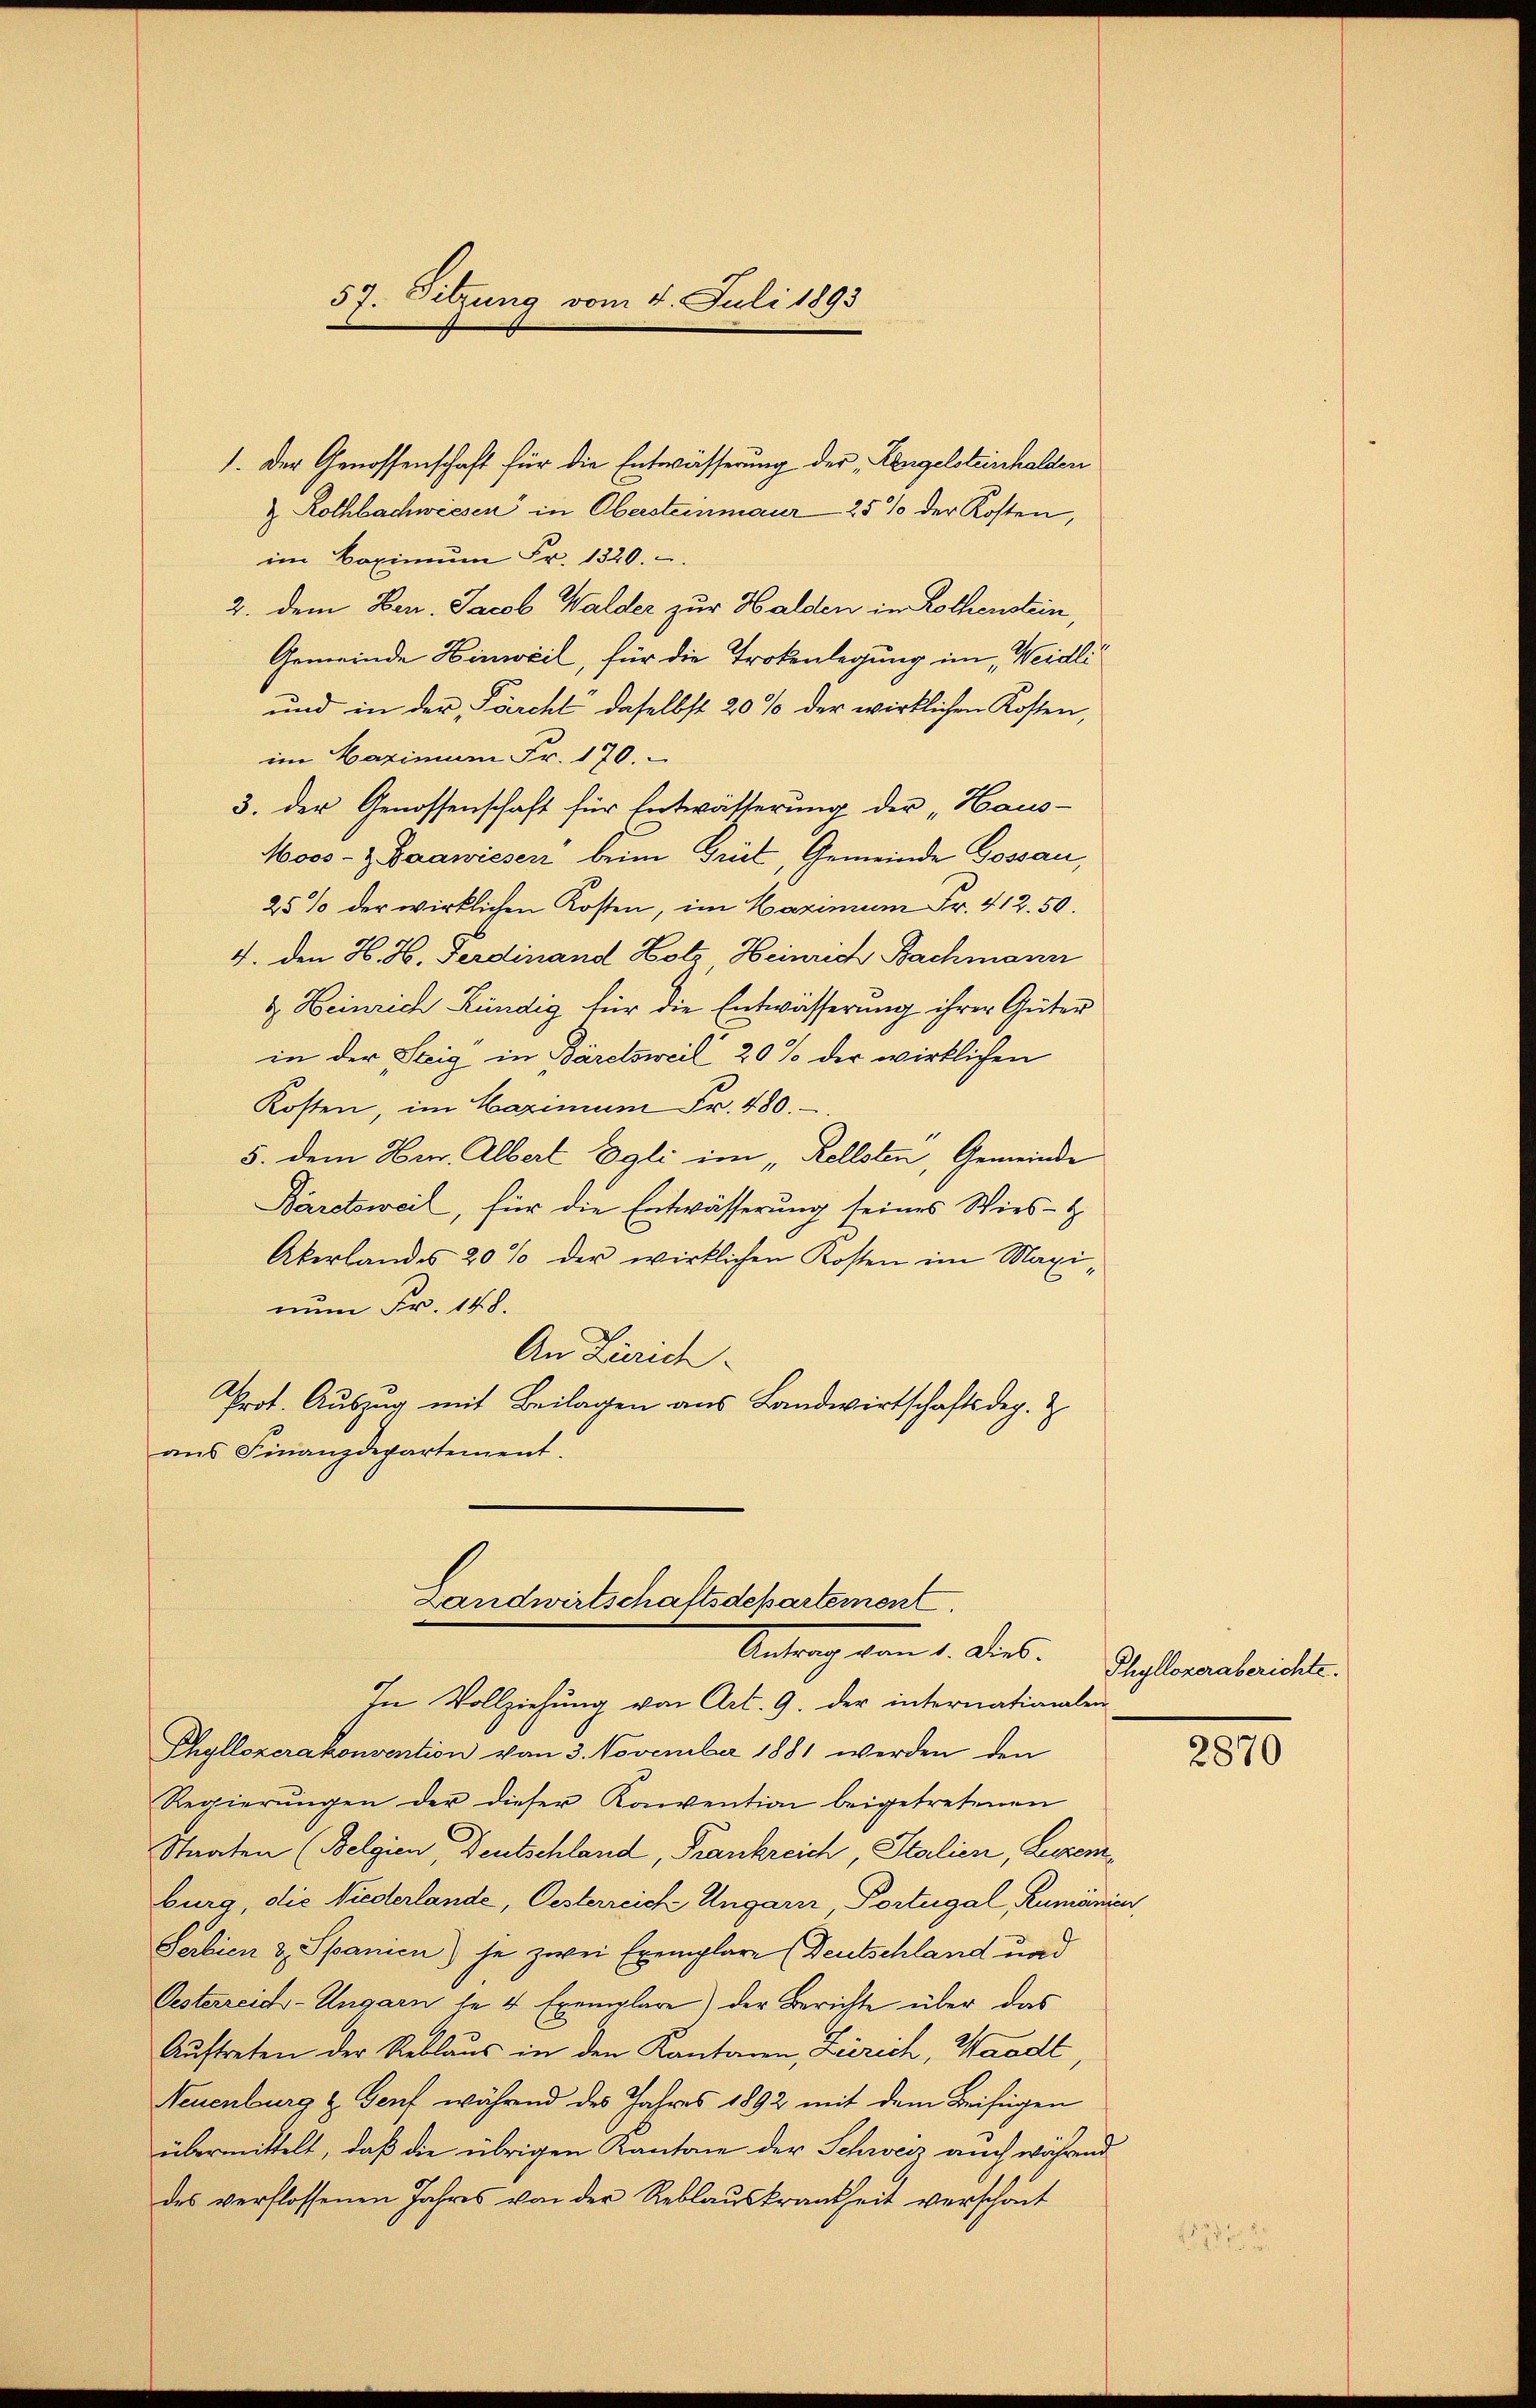
5r Sitzung vom 4. Juli 1893

1. Der Genossenschaft für die Entwässerung der „Rengelsteinhalden
& Rothbachwiesen in Obersteinmaur 25 % der Kosten,
im Baximŭm Fr. 1320.
2. dem Ven. Jacob Walder zur Halden in Rothenstein
Gemeinde Hinweil, für die Trokenlegung im „Weidli
und in der Pärcht daselbst 20 % der wirklichen Kosten,
im Mazinen Fr. 170.
3. der Genossenschaft für Entwässerung der „Haus-
Moos- z. Baawieser beim Grüt, Gemeinde Gossau,
25% der wirklichen Kosten, im Maximum Fr. 412.50.
4. den H. H. Ferdinand Hotz Heinrich Bachmann
& Heinrich Kündig für die Entwässerung ihrer Güter
in der Steig in Bäretsweil 20 % der wirklichen
Kosten, im Maximum Fr. 480.
5. dem Herr. Albert Egli im „Rellsten, Gemeinde
Bäretsweil, für die Entwässerung seines Wies-
Akerlandes 20% der wirklichen Kosten im Maxinum Fr. 148.
An Zürich
Prot. Auszug mit Beilagen aus Landwirtschaftsdeg. Z
aus Finanzdepartement.

In Vollziehung von Art. 9. der internationalen
Phyllozerakonvention vom 3. November 1881 werden den
Regierungen der dieser Konvention beigetretenen
Staaten (Belgien, Deutschland, Frankreich Italien, Lezemburg, die Niederlande, Oesterreich Ungarn, Portugal, Rumänien
Serbien & Spanien) je zwei Exemplare (Deutschland und
Oesterreich-Ungarn le 4 Exemplare) der Berichte über das
Auftreten der Reblaus in den Kantonen, Zürich, Waadt
Neuenburg & Genf während des Jahres 1892 mit dem Beifügen
übermittelt, daß die übrigen Kantone der Schweiz auch während
des verflossenen Jahres von der Reblauskrankheit verschont

Landwirtschaftsdepartement
Antrag vom 1. Dies

Phyllozeraberichte.

2870